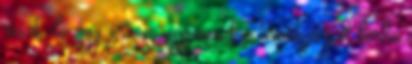
részt, de úgy érzem ugyanazt a témát járjuk körbe